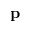
\mathbf { p }